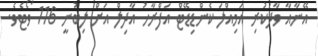
އޭނާއާ ވާދަކުރި އަމިއްލަ ކެންޑިޑޭޓް އަފްރާހު އާދިލް އަށް ލިބުނީ 116 ވޯޓެވެ.